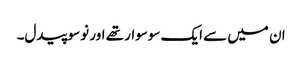
ان میں سے ایک سوسوار تھے اور نوسو پیدل۔